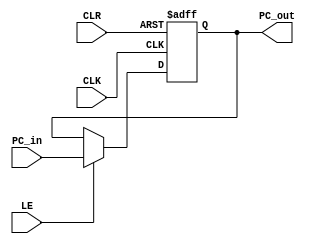
// PC register Module, <= is needed for sync issues
module reg_PC(PC_out, PC_in, LE, CLK, CLR);
    output reg [31:0] PC_out;
    input [31:0] PC_in;
    input LE, CLK, CLR;         // LE, Clock and Reset

    always @ (posedge CLK, posedge CLR) begin
        if(CLR) PC_out <= 32'b00000000000000000000000000000000;

        else if(LE) PC_out <= PC_in;
    end
endmodule